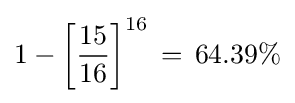
1-\left[{\frac {15}{16}}\right]^{16}\,=\,64.39\%